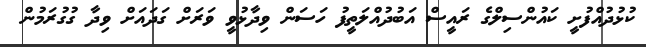
ކުޅުދުއްފުށީ ކައުންސިލްގެ ރައީސް އަބުދުއްލަތީފު ހަސަން ވިދާޅުވީ ވަރަށް ގަދައަށް ވިދާ ގުގުރަމުން